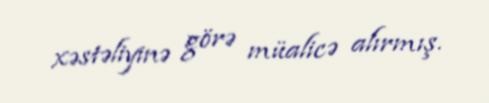
xəstəliyinə görə müalicə alırmış.